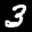
Label: 3